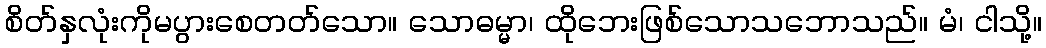
စိတ်နှလုံးကိုမပွားစေတတ်သော။ သောဓမ္မာ၊ ထိုဘေးဖြစ်သောသဘောသည်။ မံ၊ ငါသို့။